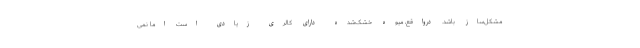
مشکل‌ساز باشد. درواقع، میوه خشک‌شده دارای کالری زیادی است اما نمی